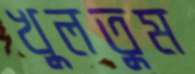
খুলতুম